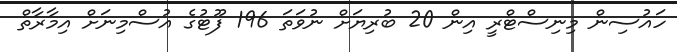
ހައުސިން މިނިސްޓްރީ އިން 20 ބުރިޔަށް ނުވަތަ 196 ފޫޓުގެ އުސްމިނަށް އިމާރާތް